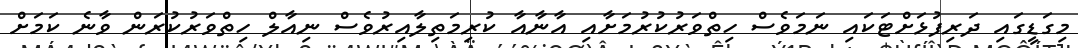
މިގަޑީގައި ދަރިފުޅަށްޓަކައި ނަމަވެސް ހިތްވަރުކުރުމަށާއި އާނާއާ ކުރިމަތިލާއިރުވެސް ނިއާލް ހިތްވަރުކުރަން ވާނެ ކަމަށް